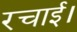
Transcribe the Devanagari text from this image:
रचाई।